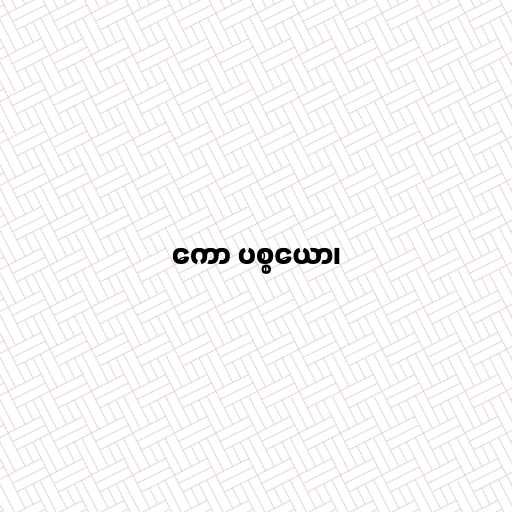
ကော ပစ္စယော၊